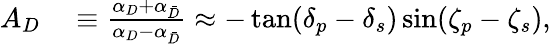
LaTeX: \begin{array}{rl}{A_{D}}&{{}\equiv\frac{\alpha_{D}+\alpha_{\bar{D}}}{\alpha_{D}-\alpha_{\bar{D}}}\approx-\tan(\delta_{p}-\delta_{s})\sin(\zeta_{p}-\zeta_{s}),}\end{array}